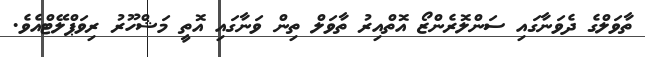
ތާވަލްގެ ދެވަނާގައި ސަންލޮރެންޒޯ އޮތްއިރު ތާވަލް ތިން ވަނާގައި އޮތީ މަޝްހޫރު ރިވަޕްލޭޓްއެވެ.